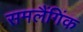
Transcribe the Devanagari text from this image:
समलैंगिंक